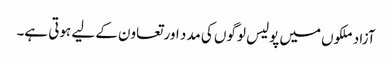
آزاد ملکوں میں پولیس لوگوں کی مدد اور تعاون کے لیے ہوتی ہے۔